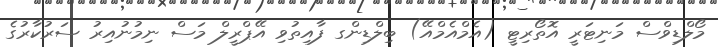
މޯލްޑިވްސް މަނިޓަރީ އޮތޯރިޓީ (އެމްއެމްއޭ) ބިލްޑިންގ ފާއިތުވި އޭޕްރީލް މަސް ނިމުނުއިރު ސަރުކާރުގެ